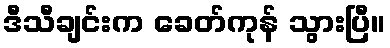
ဒီသီချင်းက ခေတ်ကုန် သွားပြီ။